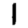
Digit: 1